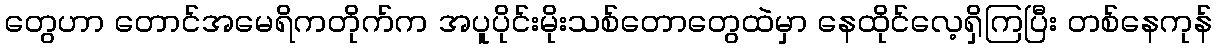
တွေဟာ တောင်အမေရိကတိုက်က အပူပိုင်းမိုးသစ်တောတွေထဲမှာ နေထိုင်လေ့ရှိကြပြီး တစ်နေကုန်